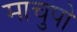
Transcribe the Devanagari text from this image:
माचुपो